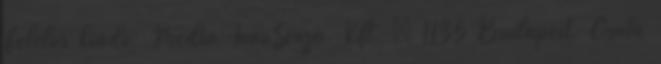
Felelős kiadó: Media InnoSenza Kft. · 1135 Budapest, Csata